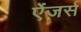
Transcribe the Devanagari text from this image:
ऐंजर्स